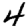
Digit: 4